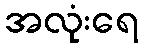
အလုံးရေ